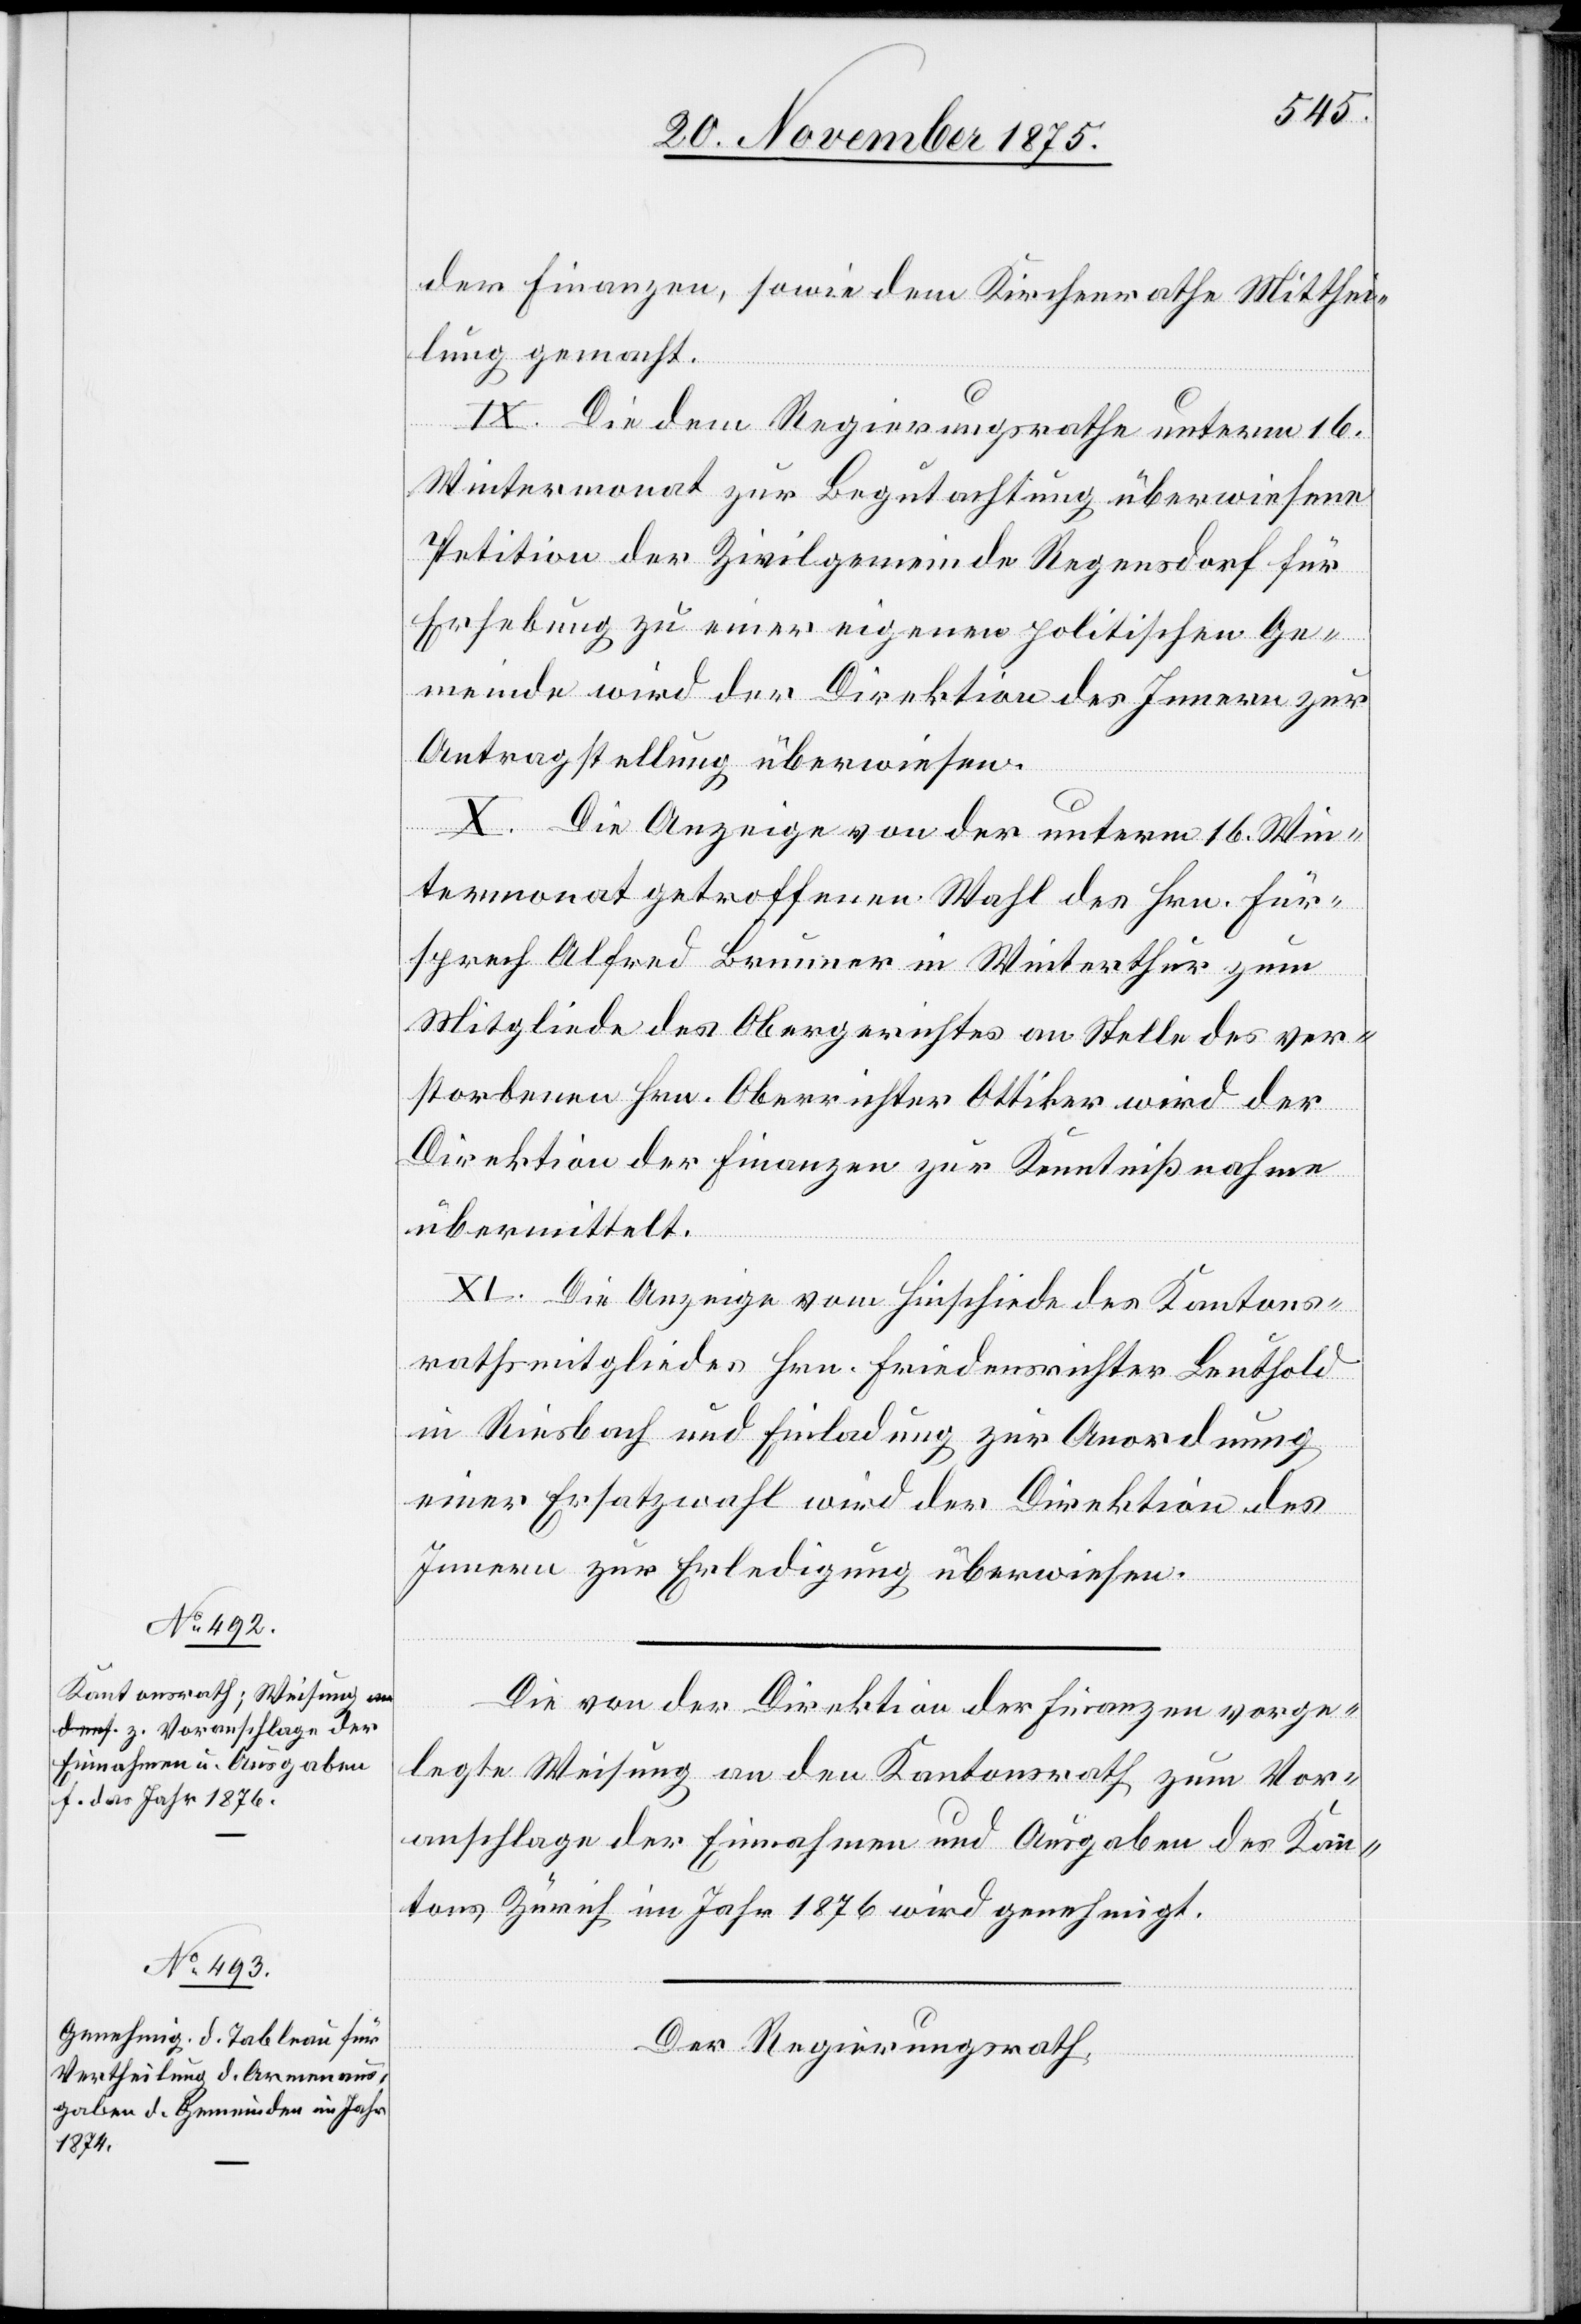
der Finanzen, sowie dem Kirchenrathe Mitthei¬
lung gemacht.
IX. Die dem Regierungsrathe unterm 16.
Wintermonat zur Begutachtung überwiesene
Petition der Zivilgemeinde Regensdorf für
Erhebung zu einer eigenen politischen Ge¬
meinde wird der Direktion des Innern zur
Antragstellung überwiesen.
X. Die Anzeige von der unterm 16. Win¬
termonat getroffenen Wahl des Hrn. Für¬
sprech Alfred Brunner in Winterthur zum
Mitgliede des Obergerichtes an Stelle des ver¬
storbenen Hrn. Oberrichter Ottiker wird der
Direktion der Finanzen zur Kenntnißnahme
übermittelt.
XI. Die Anzeige vom Hinschiede des Kantons¬
rathsmitgliedes Hrn. Friedensrichter Leuthold
in Riesbach und Einladung zur Anordnung
einer Ersatzwahl wird der Direktion des
Innern zur Erledigung überwiesen.
Die von der Direktion der Finanzen vorge¬
legte Weisung an den Kantonsrath zum Vor¬
anschlage der Einnahmen und Ausgaben des Kan¬
tons Zürich im Jahr 1876 wird genehmigt.
Der Regierungsrath,